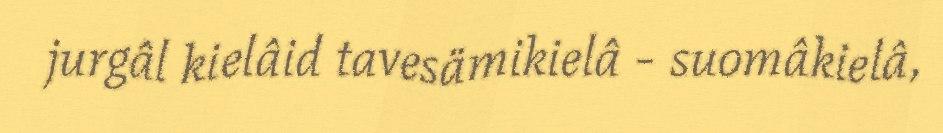
jurgâl kielâid tavesämikielâ - suomâkielâ,